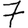
Digit: 7